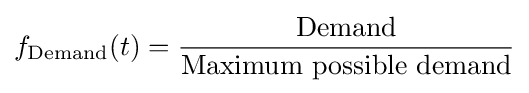
f_{\text{Demand}}(t)={\frac {\text{Demand}}{\text{Maximum possible demand}}}